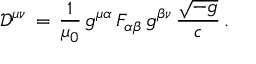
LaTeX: { \mathcal { D } } ^ { \mu \nu } \, = \, { \frac { 1 } { \mu _ { 0 } } } \, g ^ { \mu \alpha } \, F _ { \alpha \beta } \, g ^ { \beta \nu } \, { \frac { \sqrt { - g } } { c } } \, .